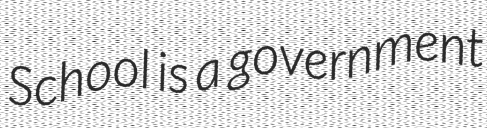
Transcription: School is a government